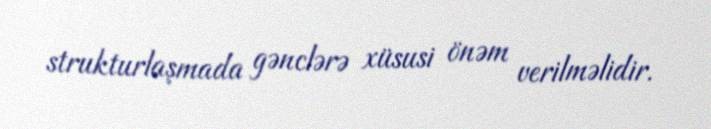
strukturlaşmada gənclərə xüsusi önəm verilməlidir.